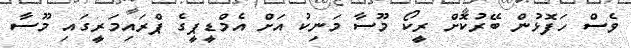
ވެސް ހަފޮޅުން ބޭރުކޮށް ރީކޯ މޫސާ މަނިކު އަށް އެމްޑީޕީގެ ޕްރައިމަރީގައި މޫސާ